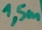
Text: 1,5m